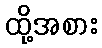
ထို့အစား